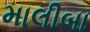
માલીબા